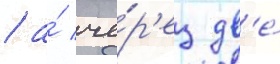
/ а́ че́р'ез дв'е́